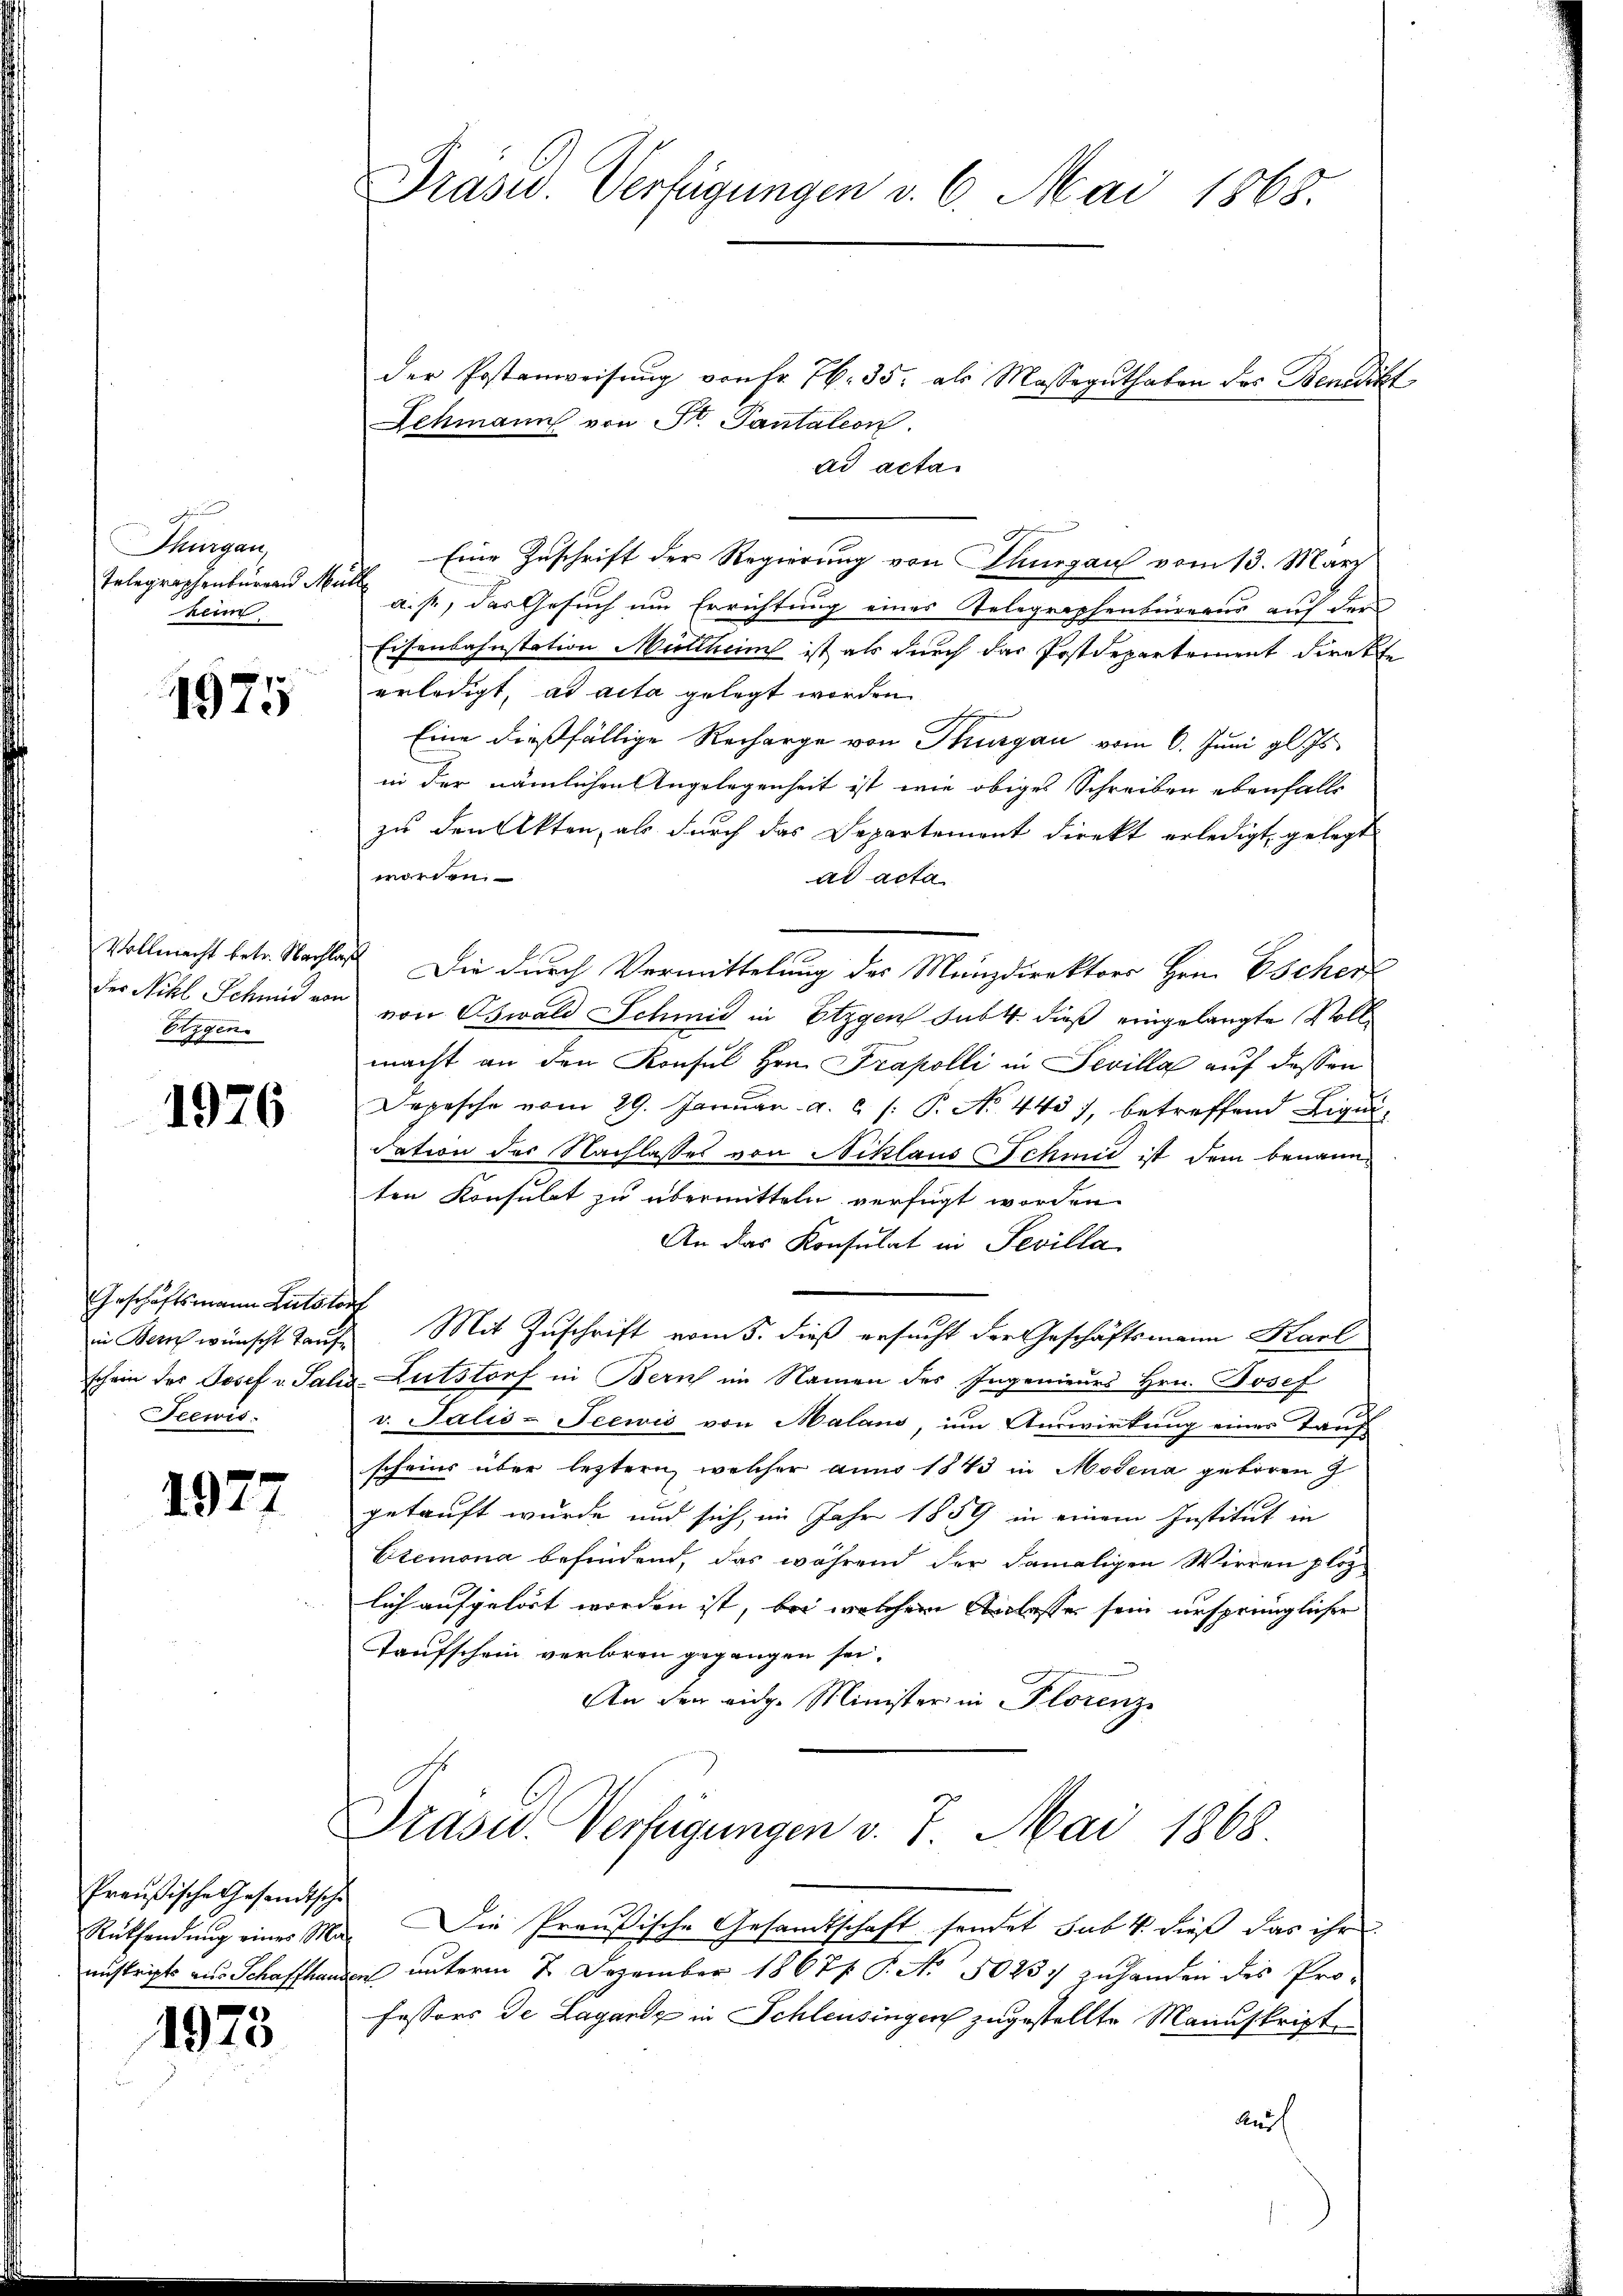
g
Thurgau,
Telegraphenburea Müll
keim

1975

Etygen.

1976

Geschäftsmann Lutstorf
Feewis

1927

Preußische Gesandtsche
Rüksendung eines Mo
nistripts aus Schaffhau

1973

Präsid. Verfügungen v. 6. Mai 1865.

der Postanweisŭng von Fr. 76. 35. als Massegŭthaten des Benedikt
Schmann von St. Pantation
ad acta
Eine Zuschrift der Regierung von Thurgau vom 13. März
a. p., das Gesuch um Errichtung eines Telegraphenbüreaus auf der
Eisenbahnstation Mittheim ist als durch das Postdepartement direkte
erledigt, ad acta gelegt worden.
Eine dießfällige Recharge von Thurgau vom 6. Juni gl. Js.
in der nämlichen Angelegenheit ist wie obiges Schreiben ebenfalls
zu den Akten, als durch das Departement direkt erledigt, gelegt
worden.
ad acta
Vollmacht betr. Nachlaß Die durch Vermittelung des Manzdirektors Hrn. Escherf
des Nikl Schmid vor von Oswald Schmid in Etzgen Subt dieß eingelangte Vollmacht an den Konsul Hrn. Trapolli in Sevilla auf dessen
Depesche vom 29. Januar a. c. /: P. No. 443), betreffend Liquidation der Nachlasses von Niklaus Schmid ist dem benannten Konsulat zu übermitteln verfügt worden.
An das Konsulat in Sevilla
in Bern wünscht Taufe Mit Zuschrift vom 5. dieß ersucht der Geschäftsmann Karl
schein der Josef v. Salis-Lutstorf in Bern im Namen des Ingenieurs Hrn. Josef
v. Talis-Seewis von Malans, im Auswirkung einer Land
scheine über leztern, welcher anno 1843 in Modena geboren z
i
getauft wurde und sich, im Jahr 1859 in einem Institut in
Etemona befindend, das während der damaligen Wirren plaz
lich aufgelöst worden ist, bei welchem Anlasse sein ursprünglicher
Taufschein verloren gegangen sei.
An den eidg. Minister in Florenz
Präsid. Verfügungen v. 7. Mai 1868
u. Die Preußische Gesandtschaft sendet sub 1. dieß das ihr
dans unterm 2. Dezember 1867 P. No. 50237 zuhanden des Pro-
fessors de Lagantz in Schleusingen zugestellte Manuskripte
Auf